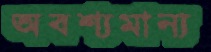
অবশ্যমান্য